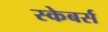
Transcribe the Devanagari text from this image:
स्केबर्स